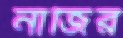
নাজির